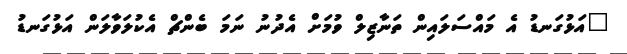
"އަޅުގަނޑު އެ މައްސަލައިން ތަނާޒިލް ވުމަށް އެދުނު ނަމަ ބެންޗް އެކުލަވާލަން އަޅުގަނޑު